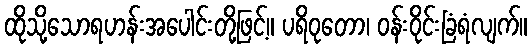
ထိုသို့သောရဟန်းအပေါင်းတို့ဖြင့်။ ပရိဝုတော၊ ဝန်းဝိုင်းခြံရံလျက်။